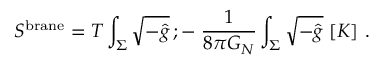
S ^ { \mathrm { b r a n e } } = T \int _ { \Sigma } \sqrt { - \hat { g } } \, ; - \; { \frac { 1 } { 8 \pi G _ { N } } } \int _ { \Sigma } \sqrt { - \hat { g } } \; [ K ] \ .